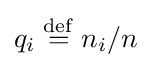
q_{i}\;{\stackrel {\mathrm {def} }{=}}\;n_{i}/n